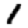
Digit: 1